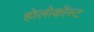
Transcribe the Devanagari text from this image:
होलोकॉस्‍ट